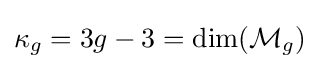
\kappa _{g}=3g-3=\dim({\mathcal {M}}_{g})